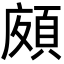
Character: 𩒩